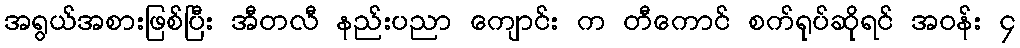
အရွယ်အစားဖြစ်ပြီး အီတလီ နည်းပညာ ကျောင်း က တီကောင် စက်ရုပ်ဆိုရင် အဝန်း ၄